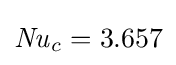
{\mathit {Nu}}_{c}=3.657